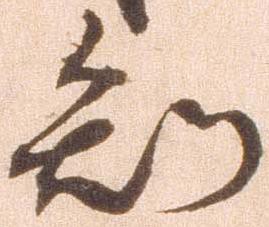
知